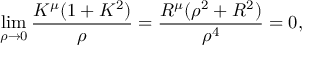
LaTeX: \operatorname * { l i m } _ { \rho \to 0 } \frac { K ^ { \mu } ( 1 + K ^ { 2 } ) } { \rho } = \frac { R ^ { \mu } ( \rho ^ { 2 } + R ^ { 2 } ) } { \rho ^ { 4 } } = 0 ,